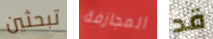
تبحثين المجازفة قد